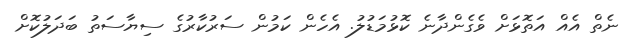
ނެތް އެއް އަތޮޅަށް ވެގެންދާނެ ކޮޅުމަޑުލު. އެހެން ކަމުން ސަރުކާރުގެ ސިޔާސަތު ބަދަލުކޮށް